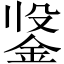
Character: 𲇍